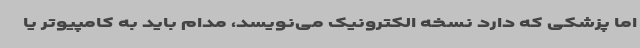
اما پزشکی که دارد نسخه الکترونیک می‌نویسد، مدام باید به کامپیوتر یا